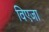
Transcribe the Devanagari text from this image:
विएजा